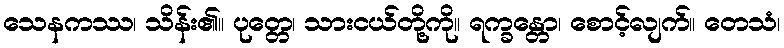
သေနကဿ၊ သိန်း၏။ ပုတ္တေ၊ သားငယ်တို့ကို။ ရက္ခန္တော၊ စောင့်လျက်။ တေသံ၊